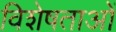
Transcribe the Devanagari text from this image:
विशेषताओें